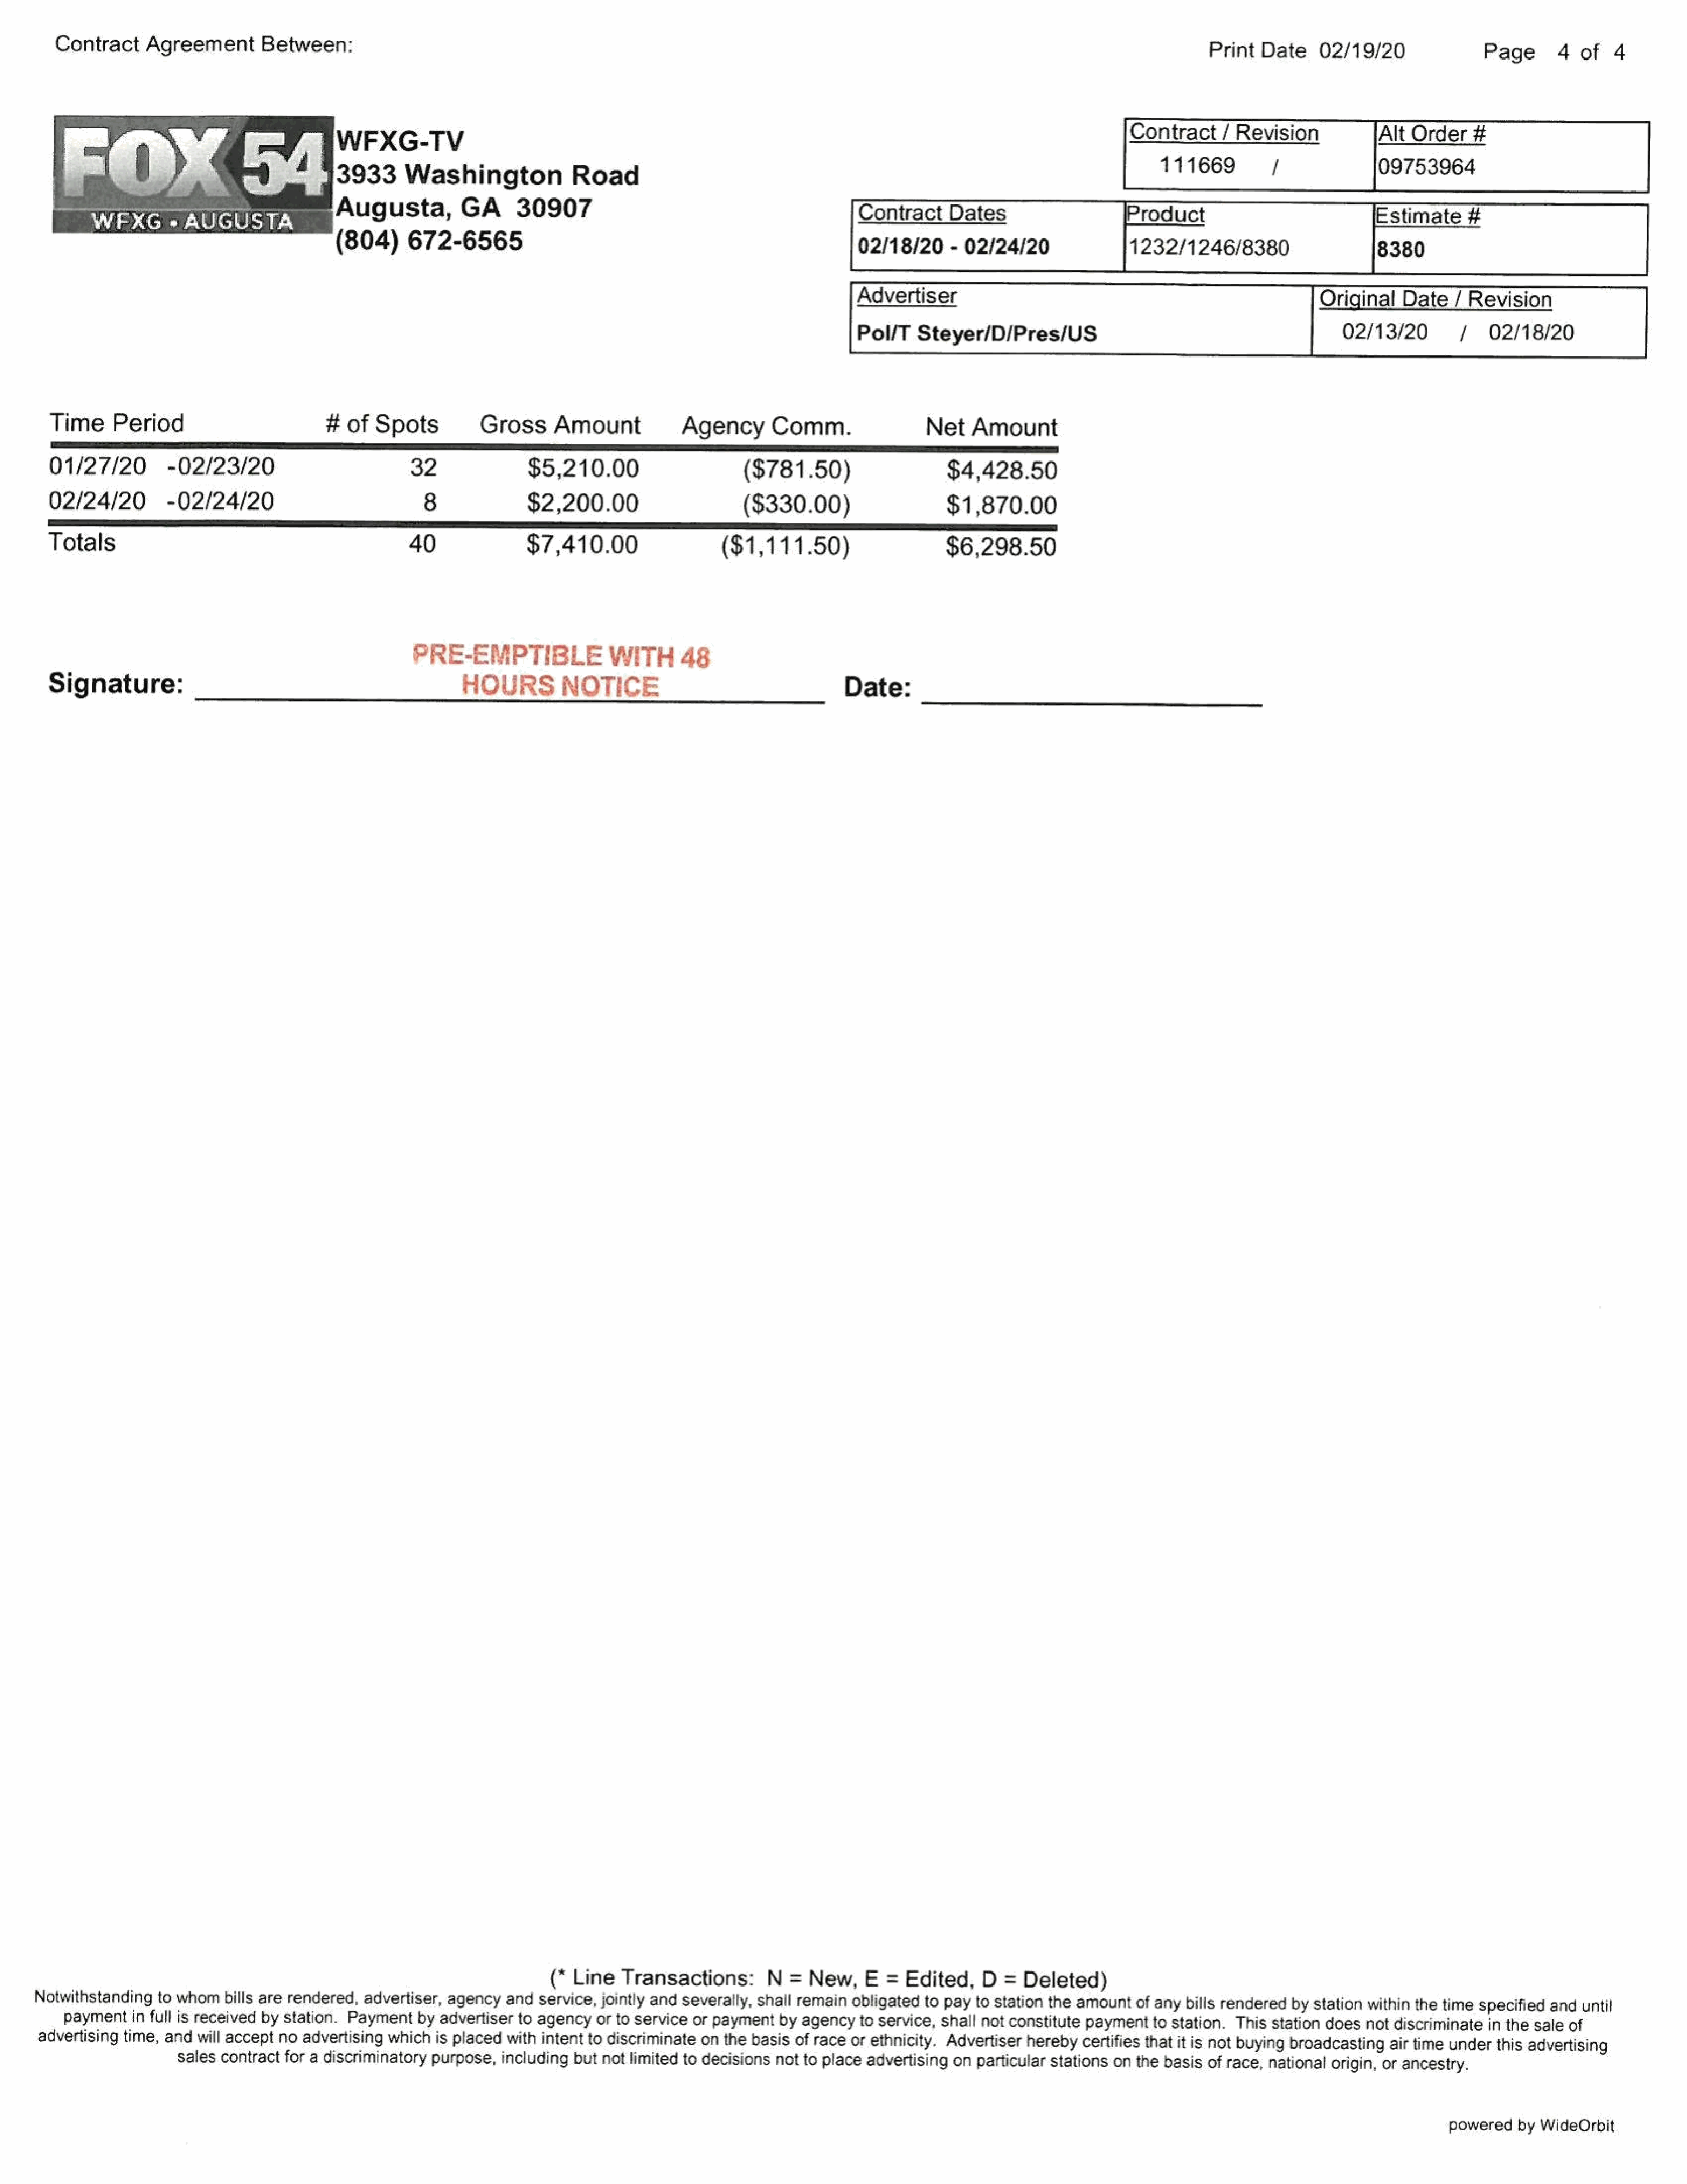
Contract     Agreement       Between:
 Print  Date     02/19/20               Page       4  of   4
 Alt  Order    #
 WFXG-TV
 111669          /              09753964
 3933      Washington              Road
 Augusta,          GA      30907                                            Cont  ract   Dates                    Product                               stimate    #
 (804)     672-6565
 02/18/20     - 02/24/20                1232/1246/8380                     8380
 Adver   tiser                                                      Original    Date   / Revision
 Pol/T   Steyer/D/Pres/US                                             02/13/20         /   02/18/20
 Time     Period                         #ofSpots              GrossAmount                 Agency       Comm.                  Net   Amount
 01/27/20         -02/23/20                          32              $5,210.00                      ($781.50)                    $4,428.50
 02/24/20         -02/24/20                            8             $2,200.00                      ($330.00)                    $1,870.00
 Totals                                             40               $7,410.00                   ($1,111.50)                     $6,298.50
 PRE-EMPTIBLE
 WITH      48
 Signature:                                                 HOURS         NOTICE                                   Date:
 (* Line   Transactions:        N  =  New,    E  =  Edited,   D   = Deleted)
 Notwithstanding   to whom  bills are rendered, advertiser, agencyand    service,jointly and severally, shall remain  obligated to pay to station the amountofanybills     rendered  by station within the time specified anduntil
 Paymentin   full is received by station. Paymentby    advertiser to agencyor   to service or paymentby    agencyto   service,shall not constitute Paymentto    station. This station does notdiscriminate   in the sale of
 advertising time, and will accept no advertising which  is placed with intent to discriminate on the  basis of race orethnicity. Advertiser  hereby  certifies thatit is not buying broadcasting air time underthis advertising
 sales  contract for a discriminatory purpose,including   butnot  limited to decisionsnotto  place  advertising on  particularstationson  the basis  of race,national origin, or ancestry.
 powered   by WideOrbit